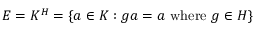
E = K ^ { H } = \{ a \in K : g a = a { \mathrm { ~ w h e r e ~ } } g \in H \}